Report of the Indian Hemp Drugs Commission, 1894-1895 - Volume VIII
Year: 1894
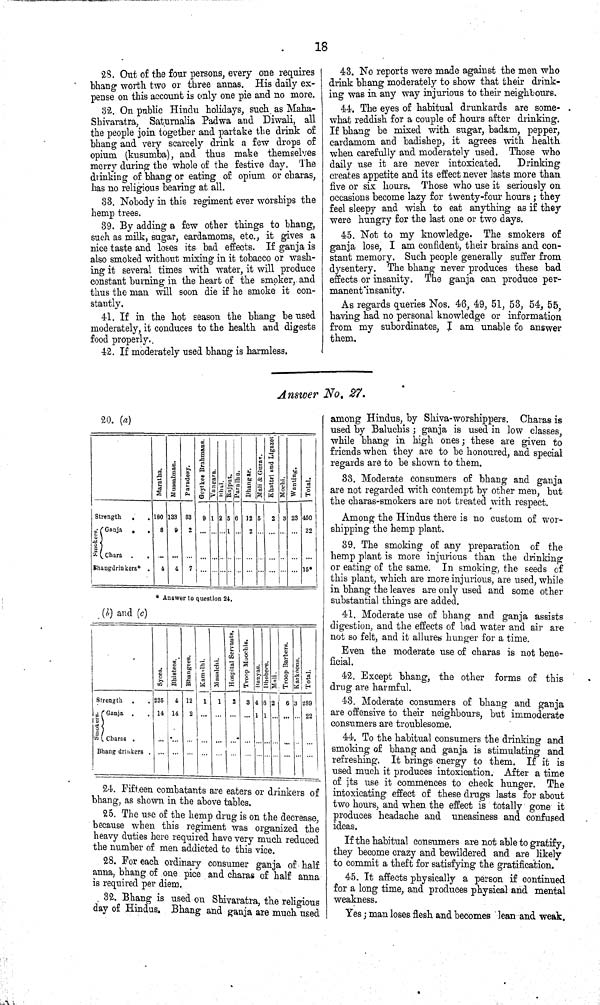
18
28. Out of the four persons, every one requires
bhang worth two or three annas. His daily ex-
pense on this account is only one pie and no more.
32. On public Hindu holidays, such as Maha-
Shivaratra, Saturnalia Padwa and Diwali, all
the people join together and partake the drink of
bhang and very scarcely drink a few drops of
opium (kusumba), and thus make themselves
merry during the whole of the festive day. The
drinking of bhang or eating of opium or charas,
has no religious bearing at all.
33. Nobody in this regiment ever worships the
hemp trees.
39. By adding a few other things to bhang,
such as milk, sugar, cardamoms, etc., it gives a
nice taste and loses its bad effects. If ganja is
also smoked without mixing in it tobacco or wash-
ing it several times with water, it will produce
constant burning in the heart of the smoker, and
thus the man will soon die if he smoke it con-
stantly.
41. If in the hot season the bhang be used
moderately, it conduces to the health and digests
food properly.
42. If moderately used bhang is harmless.
43. No reports were made against the men wno
drink bhang moderately to show that their drink-
ing was in any way injurious to their neighbours.
44. The eyes of habitual drunkards are some-
what reddish for a couple of hours after drinking.
If bhang be mixed with sugar, badam, pepper,
cardamom and badishep, it agrees with health
when carefully and moderately used. Those who
daily use it are never intoxicated.
Drinking
creates appetite and its effect never lasts more than
five or six hours. Those who use it seriously on
occasions become lazy for twenty-four hours; they
feel sleepy and wish to eat anything as if they
were hungry for the last one or two days.
45. Not to my knowledge. The smokers of
ganja lose, I am confident, their brains and con-
stant memory. Such people generally suffer from
dysentery. The bhang never produces these bad
effects or insanity. The ganja can produce per-
manent insanity.
As regards queries Nos. 46, 49, 51, 58, 54, 55,
having had no personal knowledge or information
from my subordinates, I am unable t"o answer
them.
Answer No. 27.
20. (a)
Maratha.
Mussalman. Paradesy. Geytkee Brahmans.
Vangara. Bhal. Rajput. Paralhu. Dhangar. Mali & Gurav.
Khatri & Ligazet
Mochi. Wanting. Total.
Strength
180 133 83
9 1 2 5 6 12 5
2 3 23 450
Smokers.
Ganja
Chara
8
9
2
1
2
22
Smokers.
Ganja
Chara
8
9
2
1
2
22
Bhangdrinkers*
4
4
7
15*
* Answer to question 24,
(b) and (c)
Syees.
Bhistees. Bhangees. Kamalhi. Masalchi. Hospital Servants.
Troop Maochis.
Nabyas. Dhobees. Mali. Troop Barbers.
Karkoons. Total.
Strength
225
4 12 1 1 2 3 4 6 2 6 3 289
Smokers.
Ganja
Charas
14 14
2
1 1
22
Bhang drinkers
24. Fifteen combatants are eaters or drinkers of
bhang, as shown in the above tables.
25. The use of the hemp drug is on the decrease
because when this regiment was organized the
heavy duties here required have very much reduced
the number of men addicted to this vice.
28. For each ordinary consumer ganja of half
anna, bhang of one pice and charas of half anna
is required per diem.
32. Bhang is used on Shivaratra, the religious
day of Hindus, Bhang and ganja are much, used
among Hindus, by Shiva-worshippers. Charas is
used by Baluchis; ganja is used in low classes,
while bhang in high ones; these are given to
friends when they are to be honoured, and special
regards are to be shown to them.
33. Moderate consumers of bhang and ganja
are not regarded with contempt by other men, but
the charas-smokers are not treated with respect.
Among the Hindus there is no custom of wor-
shipping the hemp plant.
39. The smoking of any preparation of the
hemp plant is more injurious than the drinking
or eating of the same. In smoking, the seeds of
this plant, which are more injurious, are used, while
in bhang the leaves are only used and some other
substantial things are added.
41. Moderate use of bhang and ganja assists
digestion, and the effects of bad water and air are
not so felt, and it allures hunger for a time.
Even the moderate use of charas is not bene-
ficial.
42. Except bhang, the other forms of this
drug are harmful.
43. Moderate consumers of bhang and ganja
are offensive to their neighbours, but immoderate
consumers are troublesome.
44. To the habitual consumers the drinking and
smoking of bhang and ganja is stimulating and
refreshing. It brings energy to them. If it is
used much it produces intoxication. After a time
of its use it commences to check hunger. The
intoxicating effect of these drugs lasts for about
two hours, and when the effect is totally gone it
produces headache and uneasiness and confused
ideas.
If the habitual consumers are not able to gratify,
they become crazy and bewildered and are likely
to commit a theft for satisfying the gratification.
45. It affects physically a person if continued
for a long time, and produces physical and mental
weakness.
Yes; man loses flesh and becomes lean and weak.